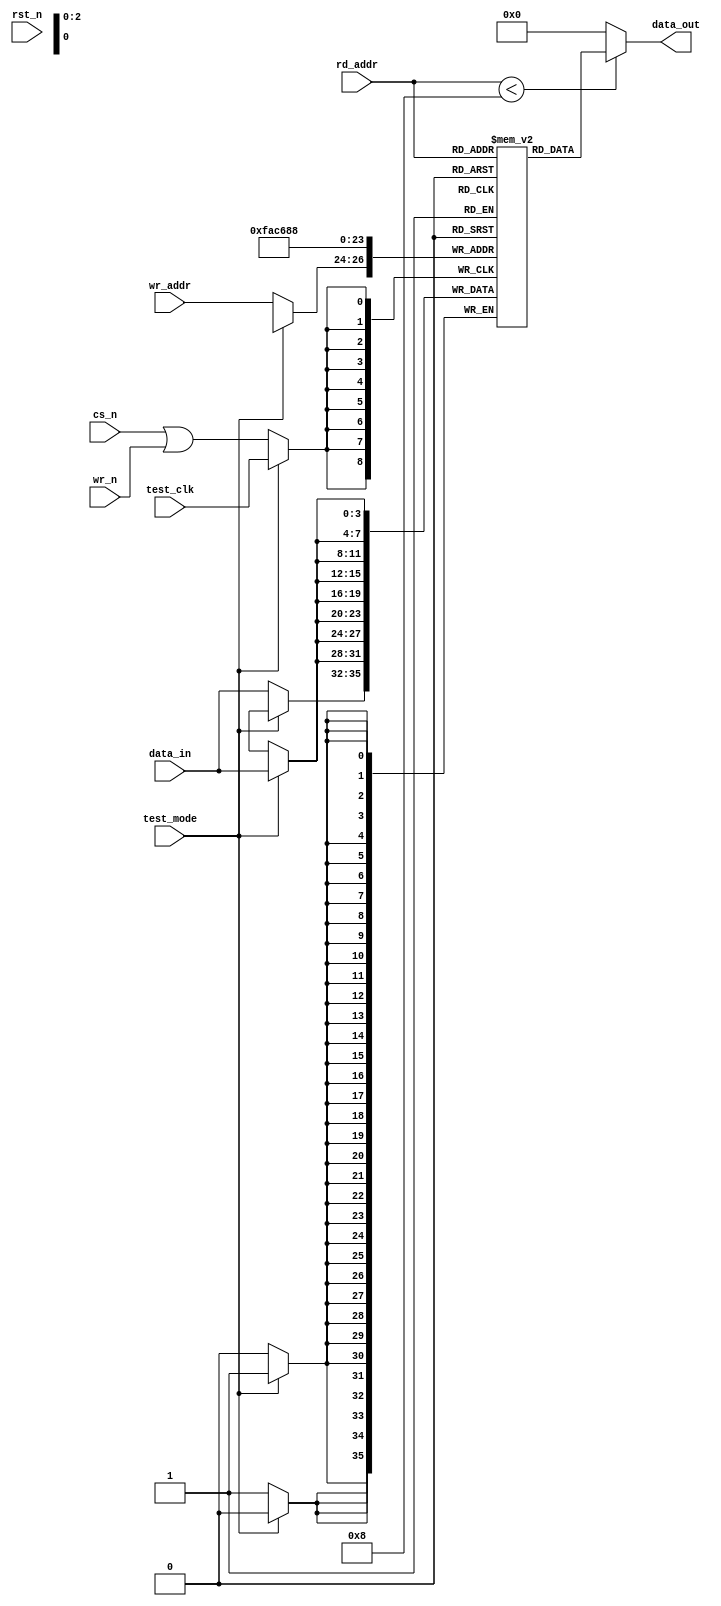

////////////////////////////////////////////////////////////////////////////////
////////////////////////////////////////////////////////////////////////////////
// ABSTRACT:  Dual port (1 write port, 1 read port) DFF based RAM
//            with parameter driven retiming register insertion
//
//              Parameters:     Valid Values
//              ==========      ============
//	 	data_width     	[ 1 to 256 ]
//	 	depth     	[ 2 to 256 ]
//              rst_mode        [ 0 to 1 ]
//              
//              Input Ports     Size    Description
//              ============    ====    ===========
//	        rst_n           1 bit	Active Low asynchronous Reset
//	        cs_n            1 bit	Active Low Chip Select
//	        wr_n            1 bit	Active Low Write Control
//              test_mode       1 bit   Active high test mode enable
//              test_clk        1 bit   Positive edge test mode clock
//              rd_addr         N bits  Read Address
//              wr_addr         N bits  Write Address
//	        data_in         W bits  Input Data (for writes)
//
//              Output Port     Size    Description
//              ============    ====    ===========
//	        data_out	W bits	Output Data (from reads)
//
//                Note: N is defined as addr_width - a parameter which should
//                      be set (by the parent design) to ceil( log2( depth ) )
//
//                      W is defined as the data_width parameter
//
//
//	MODIFIED:
//
////////////////////////////////////////////////////////////////////////////////


  module DW_ram_r_w_a_dff (
	rst_n,
	wr_n,
	cs_n,
	test_mode,
	test_clk,
        rd_addr,
	wr_addr,
	data_in,
	data_out
	);

   parameter data_width = 4;	// RANGE 1 to 256
   parameter depth = 8;		// RANGE 2 to 256
   parameter rst_mode = 1;	// RANGE 0 to 1

   localparam DW_addr_width = ((depth>256)?((depth>4096)?((depth>16384)?((depth>32768)?16:15):((depth>8192)?14:13)):((depth>1024)?((depth>2048)?12:11):((depth>512)?10:9))):((depth>16)?((depth>64)?((depth>128)?8:7):((depth>32)?6:5)):((depth>4)?((depth>8)?4:3):((depth>2)?2:1))));

   input 			rst_n;		// active low reset
   input 			wr_n;		// active low RAM write enable
   input 			cs_n;		// active low RAM select
   input			test_mode;	// 
   input			test_clk;
   input [data_width-1:0]	data_in;	// RAM write data input bus
   input [DW_addr_width-1:0]	wr_addr;	// RAM write address bus
   input [DW_addr_width-1:0]	rd_addr;	// RAM read address bus

   output [data_width-1:0]	data_out;	// RAM read data output bus


   reg [data_width-1:0]		mem [0 : depth-1];

   wire				mem_clk;


  assign mem_clk = (test_mode==1'b1)? test_clk : (cs_n | wr_n);
  
  generate if (rst_mode == 0) begin : BLK_regs
    always @ (posedge mem_clk or negedge rst_n) begin : PROC_mem_array_regs
      integer i;

      if (rst_n == 1'b0) begin
	//synthesis loop_limit 2000
	for (i=0 ; i < depth ; i=i+1)
	  mem[i] <= {data_width{1'b0}};
      end else begin

	if (test_mode == 1'b1) begin
	  //synthesis loop_limit 2000
	  for (i=0 ; i < depth ; i=i+1)
	    mem[i] <= data_in;
	end else
	  mem[wr_addr] <= data_in;
      end
    end
  end else begin
    always @ (posedge mem_clk) begin : PROC_mem_array_regs
      integer i;
      if (test_mode == 1'b1) begin
	//synthesis loop_limit 2000
	for (i=0 ; i < depth ; i=i+1)
	  mem[i] <= data_in;
      end else
	mem[wr_addr] <= data_in;
    end
  end endgenerate

  assign data_out = (rd_addr < depth)? mem[rd_addr] : {data_width{1'b0}};

endmodule